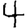
Digit: 4